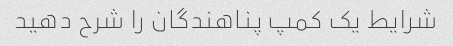
شرایط یک کمپ پناهندگان را شرح دهید